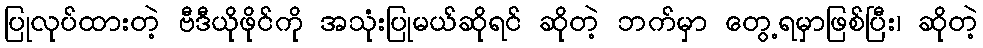
ပြုလုပ်ထားတဲ့ ဗီဒီယိုဖိုင်ကို အသုံးပြုမယ်ဆိုရင် ဆိုတဲ့ ဘက်မှာ တွေ့ရမှာဖြစ်ပြီး၊ ဆိုတဲ့